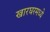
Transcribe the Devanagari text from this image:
खारघरमध्ये